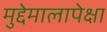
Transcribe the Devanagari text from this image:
मुद्देमालापेक्षा